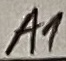
Text: A1